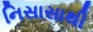
નિસાસાથી